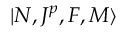
| N , J ^ { p } , F , M \rangle